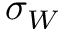
\sigma _ { W }